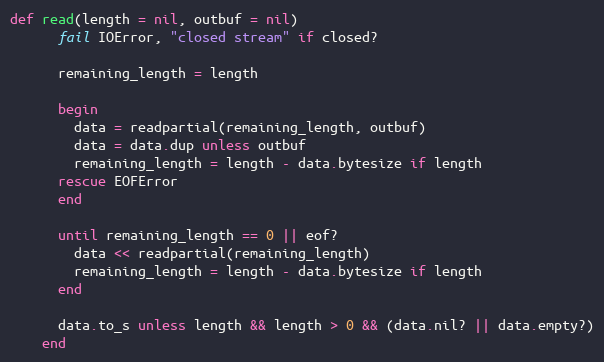
Language: Ruby
def read(length = nil, outbuf = nil)
      fail IOError, "closed stream" if closed?

      remaining_length = length

      begin
        data = readpartial(remaining_length, outbuf)
        data = data.dup unless outbuf
        remaining_length = length - data.bytesize if length
      rescue EOFError
      end

      until remaining_length == 0 || eof?
        data << readpartial(remaining_length)
        remaining_length = length - data.bytesize if length
      end

      data.to_s unless length && length > 0 && (data.nil? || data.empty?)
    end